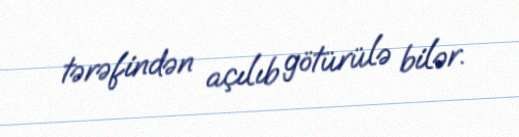
tərəfindən açılıb götürülə bilər.